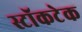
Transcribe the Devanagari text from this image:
स्टॉकटेक